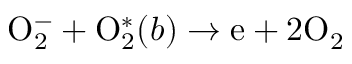
\mathrm O _ { 2 } ^ { - } + \mathrm O _ { 2 } ^ { * } ( b ) \to \mathrm e + 2 \mathrm O _ { 2 }